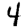
Digit: 4